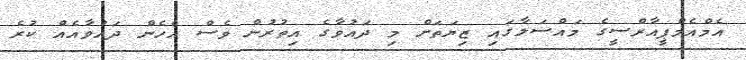
އެމްއެމްޕީއާރްސީގެ މައްސަލާގައި ޒިޔަތަށް މި ދައުވާގެ އިތުރުން ވެސް އެހެން ދައުވާއެއް ކުރެ